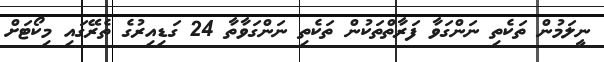
ނީލަމުން ތަކެތި ނަންގަވާ ފަރާތްތަކުން ތަކެތި ނަންގަވާތާ 24 ގަޑިއިރުގެ ތެރޭގައި މިކޯޓަށް